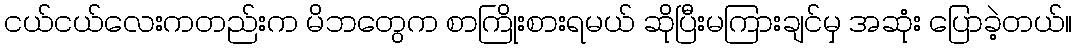
ငယ်ငယ်လေးကတည်းက မိဘတွေက စာကြိုးစားရမယ် ဆိုပြီးမကြားချင်မှ အဆုံး ပြောခဲ့တယ်။